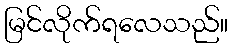
မြင်လိုက်ရလေသည်။